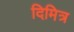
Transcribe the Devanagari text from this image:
दिमित्र